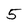
Character: 5